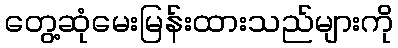
တွေ့ဆုံမေးမြန်းထားသည်များကို